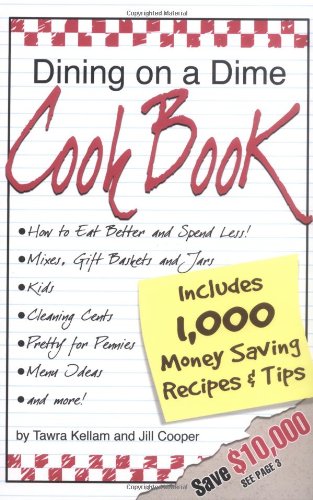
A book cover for Dining on a Dime Cook Book: 1000 Money Saving Recipes and Tips; Tawra J. Kellam; Cookbooks, Food & Wine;